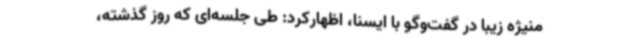
منیژه زیبا در گفت‌وگو با ایسنا، اظهارکرد: طی جلسه‌ای که روز گذشته،